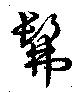
髴